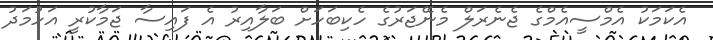
އެކަމަކު އެމްސީއެމްގެ ޖެނެރަލް މެނޭޖަރުގެ ހެކިބަހަށް ބަލާއިރު އެ ފައިސާ ޖަމާކުރީ އަހުމަދު